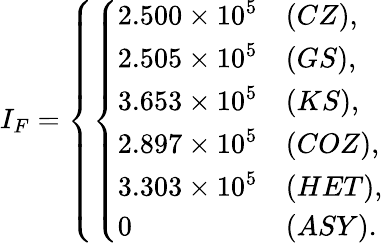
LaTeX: I_{F}=\left\{ \left\{ \begin{array}{ll}{{2.500\times 10^{5}}}&{{(CZ),}}\\ {{2.505\times 10^{5}}}&{{(GS),}}\\ {{3.653\times 10^{5}}}&{{(KS),}}\\ {{2.897\times 10^{5}}}&{{(COZ),}}\\ {{3.303\times 10^{5}}}&{{(HET),}}\\ {{0}}&{{(ASY).}}\end{array}\right.\right.